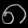
Digit: ၈